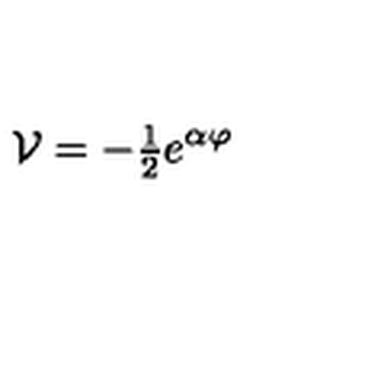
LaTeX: { \cal V } = - { \textstyle \frac { 1 } { 2 } } e ^ { \alpha \varphi }